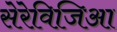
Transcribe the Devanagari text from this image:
सेरेविजिआ